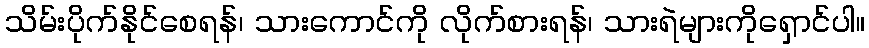
သိမ်းပိုက်နိုင်စေရန်၊ သားကောင်ကို လိုက်စားရန်၊ သားရဲများကိုရှောင်ပါ။